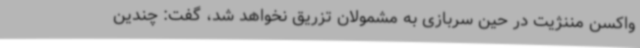
واکسن مننژیت در حین سربازی به مشمولان تزریق نخواهد شد، گفت: چندین